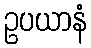
ဥပယာနံ